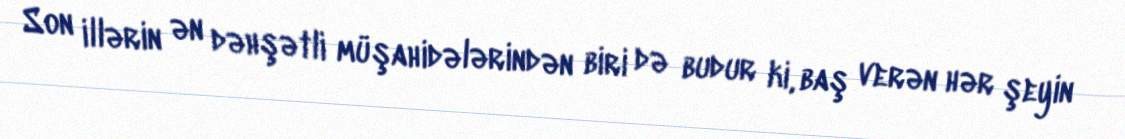
Son illərin ən dəhşətli müşahidələrindən biri də budur ki, baş verən hər şeyin